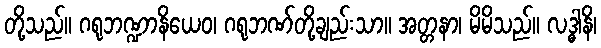
တို့သည်။ ဂရုဘဏ္ဍာနိယေဝ၊ ဂရုဘဏ်တို့ချည်းသာ။ အတ္တနာ၊ မိမိသည်။ လဒ္ဓါနိ၊